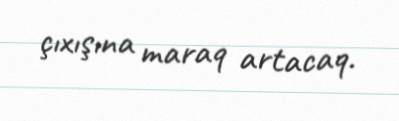
çıxışına maraq artacaq.